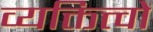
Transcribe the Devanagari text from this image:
व्यक्तित्त्वों